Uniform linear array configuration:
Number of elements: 32
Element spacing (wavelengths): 1
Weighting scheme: exponential
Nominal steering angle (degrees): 60
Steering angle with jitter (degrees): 61.858
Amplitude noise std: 0.05
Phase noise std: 0.05

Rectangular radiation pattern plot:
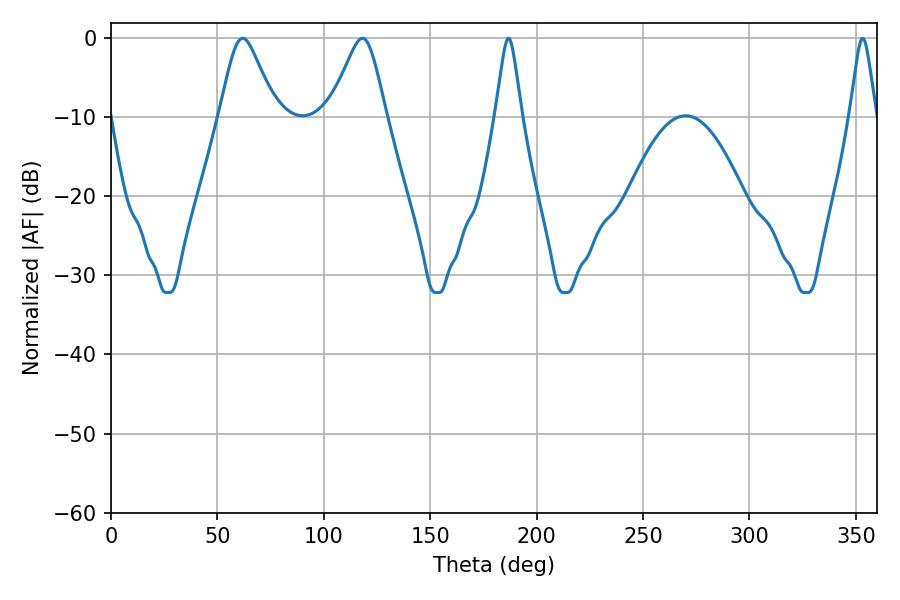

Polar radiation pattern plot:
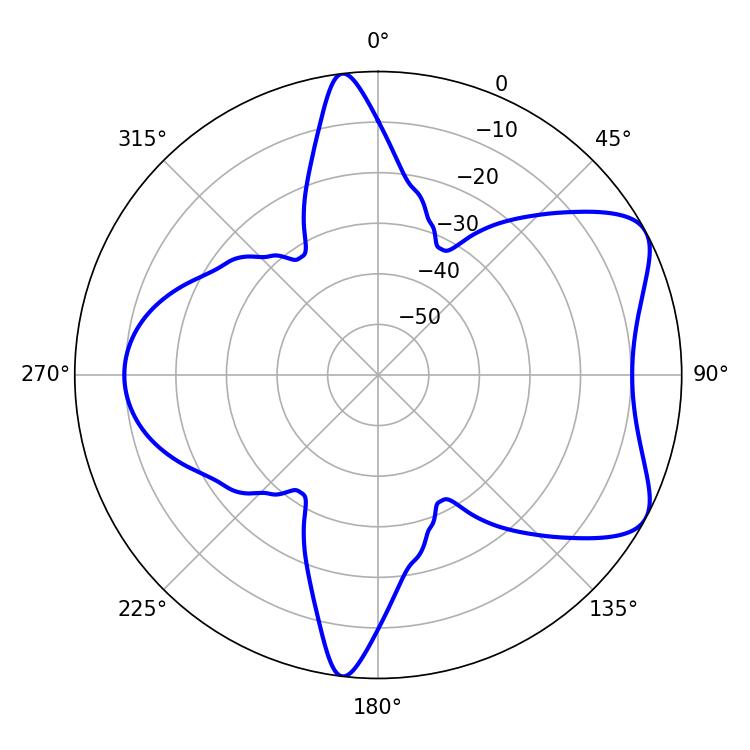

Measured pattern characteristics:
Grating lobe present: TRUE
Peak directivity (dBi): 6.744
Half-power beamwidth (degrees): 12.78
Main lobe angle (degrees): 61.92